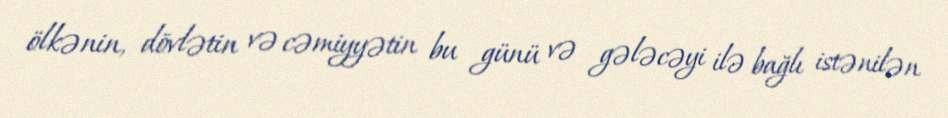
ölkənin, dövlətin və cəmiyyətin bu günü və gələcəyi ilə bağlı istənilən